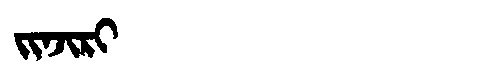
Manchu: ᠵᡳᠨᠵᡳᡵᡳ
Romanization: JINJIRI